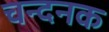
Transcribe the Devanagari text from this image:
चन्दनक